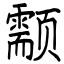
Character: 颥